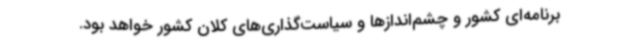
برنامه‌ای کشور و چشم‌اندازها و سیاست‌گذاری‌های کلان کشور خواهد بود.